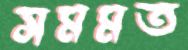
সমমত